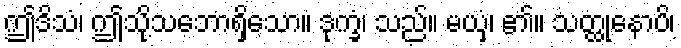
ဤဒိသံ၊ ဤသို့သဘောရှိသော။ ဒုက္ခံ၊ သည်။ မယှံ၊ ၏။ သတ္ထုနောပိ၊